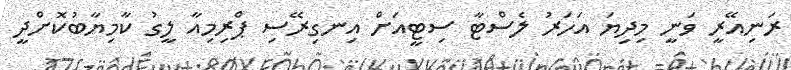
ރަނިއޭރީ ވަނީ މިދިޔަ އަހަރު ލެސްޓާ ސިޓީއަށް އިނގިރޭސި ޕްރިމިއާ ލީގު ކާމިޔާބުކޮށްދީ